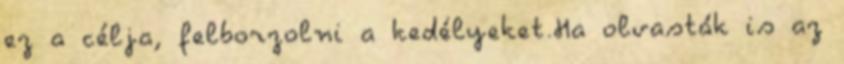
ez a célja, felborzolni a kedélyeket.Ha olvasták is az